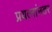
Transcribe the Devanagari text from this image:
प्रयत्नांनतर